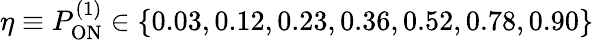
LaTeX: \eta\equiv P_{\mathrm{ON}}^{(1)}\in\{ 0.03,0.12,0.23,0.36,0.52,0.78,0.90\}